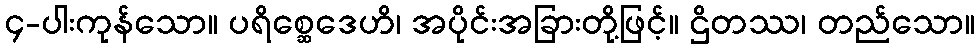
၄-ပါးကုန်သော။ ပရိစ္ဆေဒေဟိ၊ အပိုင်းအခြားတို့ဖြင့်။ ဌိတဿ၊ တည်သော။